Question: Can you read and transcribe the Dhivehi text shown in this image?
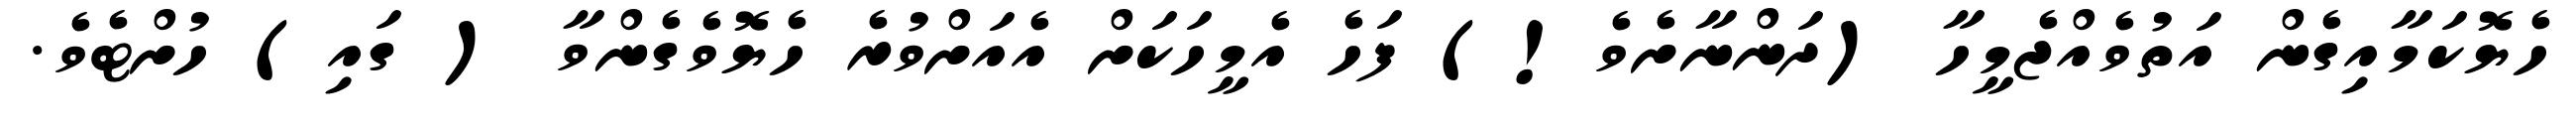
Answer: ހެޔޮކަމާއިގެން އަތުވެއްޖެމީހާ (ދަންނާށެވެ!) ފަހެ އެމީހަކަށް އެއަށްވުރެ ހެޔޮވެގެންވާ ( ގައި) ހުށްޓެވެ.